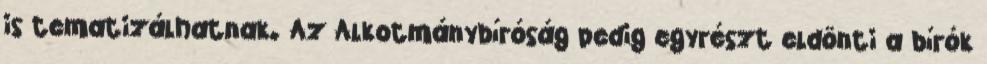
is tematizálhatnak. Az Alkotmánybíróság pedig egyrészt eldönti a bírók